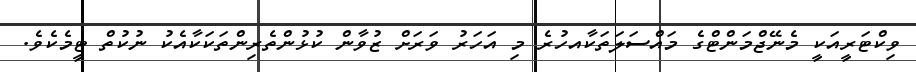
ވިކްޓަރީއަކީ މެނޭޖްމަންޓްގެ މައްސަލަތަކާއހުރެ މި އަހަރު ވަރަށް ޒުވާން ކުޅުންތެރިންތަކަކާއެކު ނުކުތް ޓީމެކެވެ.